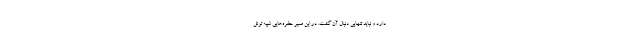
دارد و نباید تنهایی دنبال آن گشت. در این مسیر حفره‌هایی شبیه تونل